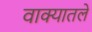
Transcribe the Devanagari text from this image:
वाक्यातले